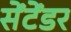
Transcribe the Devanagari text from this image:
सेंटेंडर